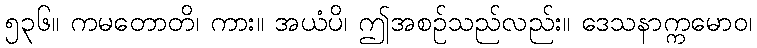
၅၃၆။ ကမတောတိ၊ ကား။ အယံပိ၊ ဤအစဉ်သည်လည်း။ ဒေသနာက္ကမောဝ၊